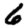
Digit: 6